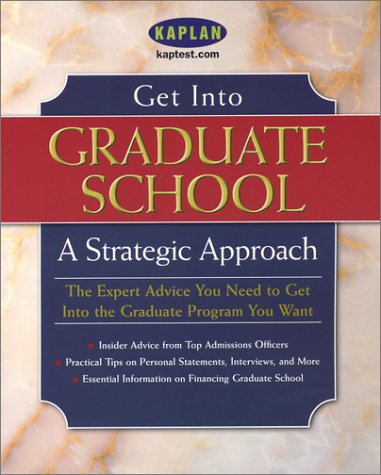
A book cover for Get Into Graduate School: A Strategic Approach; Kaplan; Test Preparation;